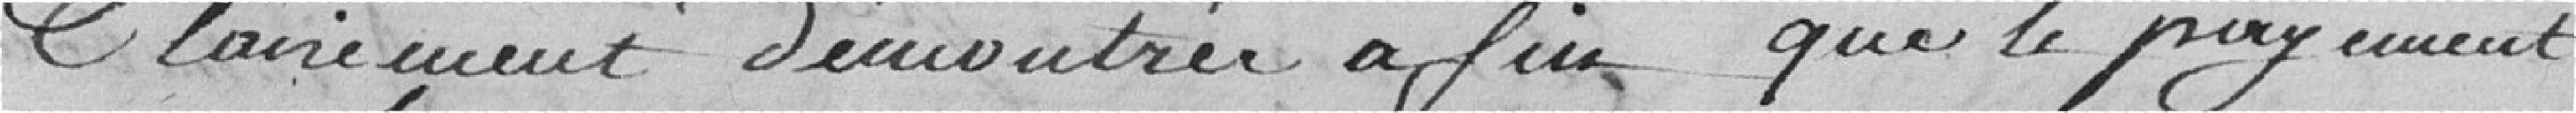
clairement démontrée afin que le paiement